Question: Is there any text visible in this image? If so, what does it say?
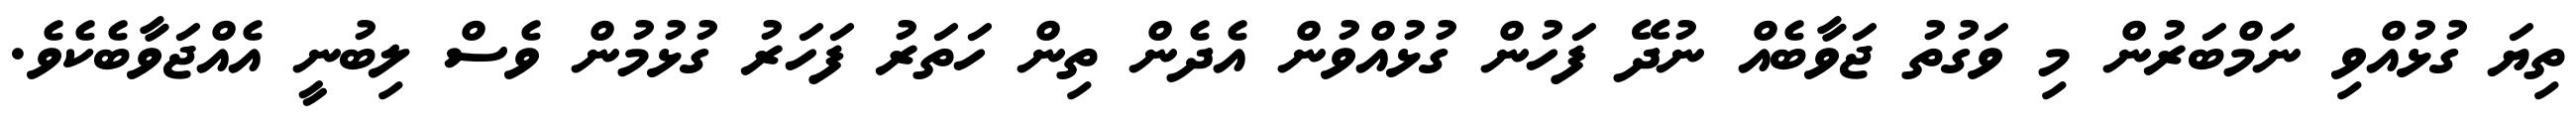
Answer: ތިޔަ ގުޅުއްވި ނަމްބަރުން މި ވަގުތު ޖަވާބެއް ނުދޭ ފަހުން ގުޅުއްވުން އެދެން ތިން ހަތަރު ފަހަރު ގުޅުމުން ވެސް ލިބުނީ އެއްޖަވާބެކެވެ.